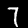
Digit: 7